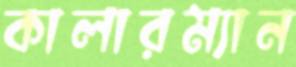
কালারম্যান